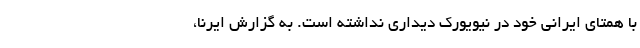
با همتای ایرانی خود در نیویورک دیداری نداشته است. به گزارش ایرنا،